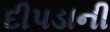
દીપડાની